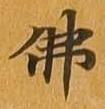
仏